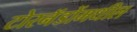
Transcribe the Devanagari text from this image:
टोरनॅडोंमधील